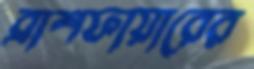
ব্রাশফায়ারের